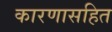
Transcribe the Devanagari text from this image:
कारणासहित